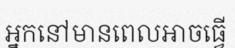
អ្នកនៅមានពេលអាចធ្វើ